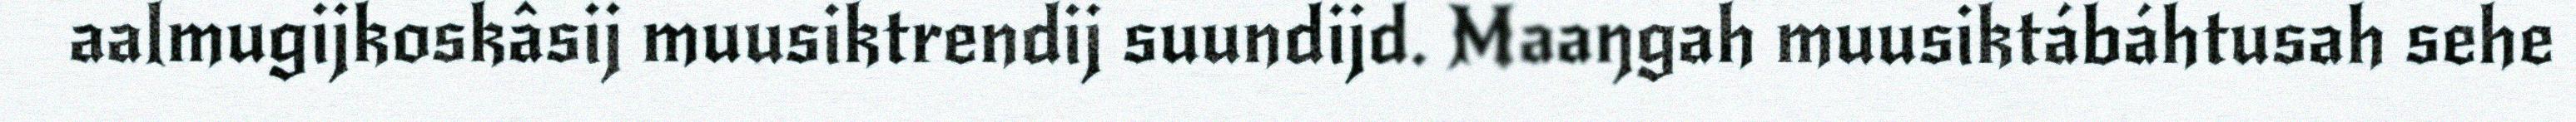
aalmugijkoskâsij muusiktrendij suundijd. Maaŋgah muusiktábáhtusah sehe